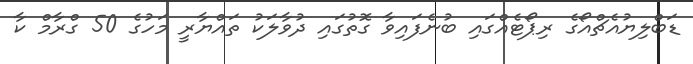
ޑަބްލިޔުއެޗްއޯގެ ރިޕޯޓެއްގައި ބުނެފައިވާ ގޮތުގައި ދުވާލަކު ތައްޔާރީ މަހުގެ 50 ގްރާމް ކާ